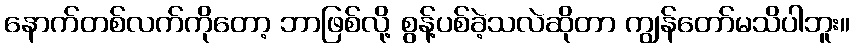
နောက်တစ်လက်ကိုတော့ ဘာဖြစ်လို့ စွန့်ပစ်ခဲ့သလဲဆိုတာ ကျွန်တော်မသိပါဘူး။